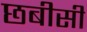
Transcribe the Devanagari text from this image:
छबीसी